画像に写った文字を読んでください
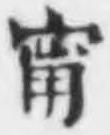
「甯」と書いてあります